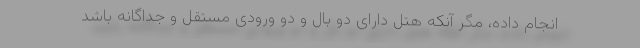
انجام داده، مگر آنکه هتل دارای دو بال و دو ورودی مستقل و جداگانه باشد